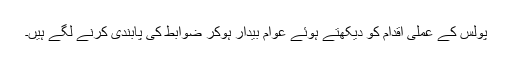
پولس کے عملی اقدام کو دیکھتے ہوئے عوام بیدار ہوکر ضوابط کی پابندی کرنے لگے ہیں۔